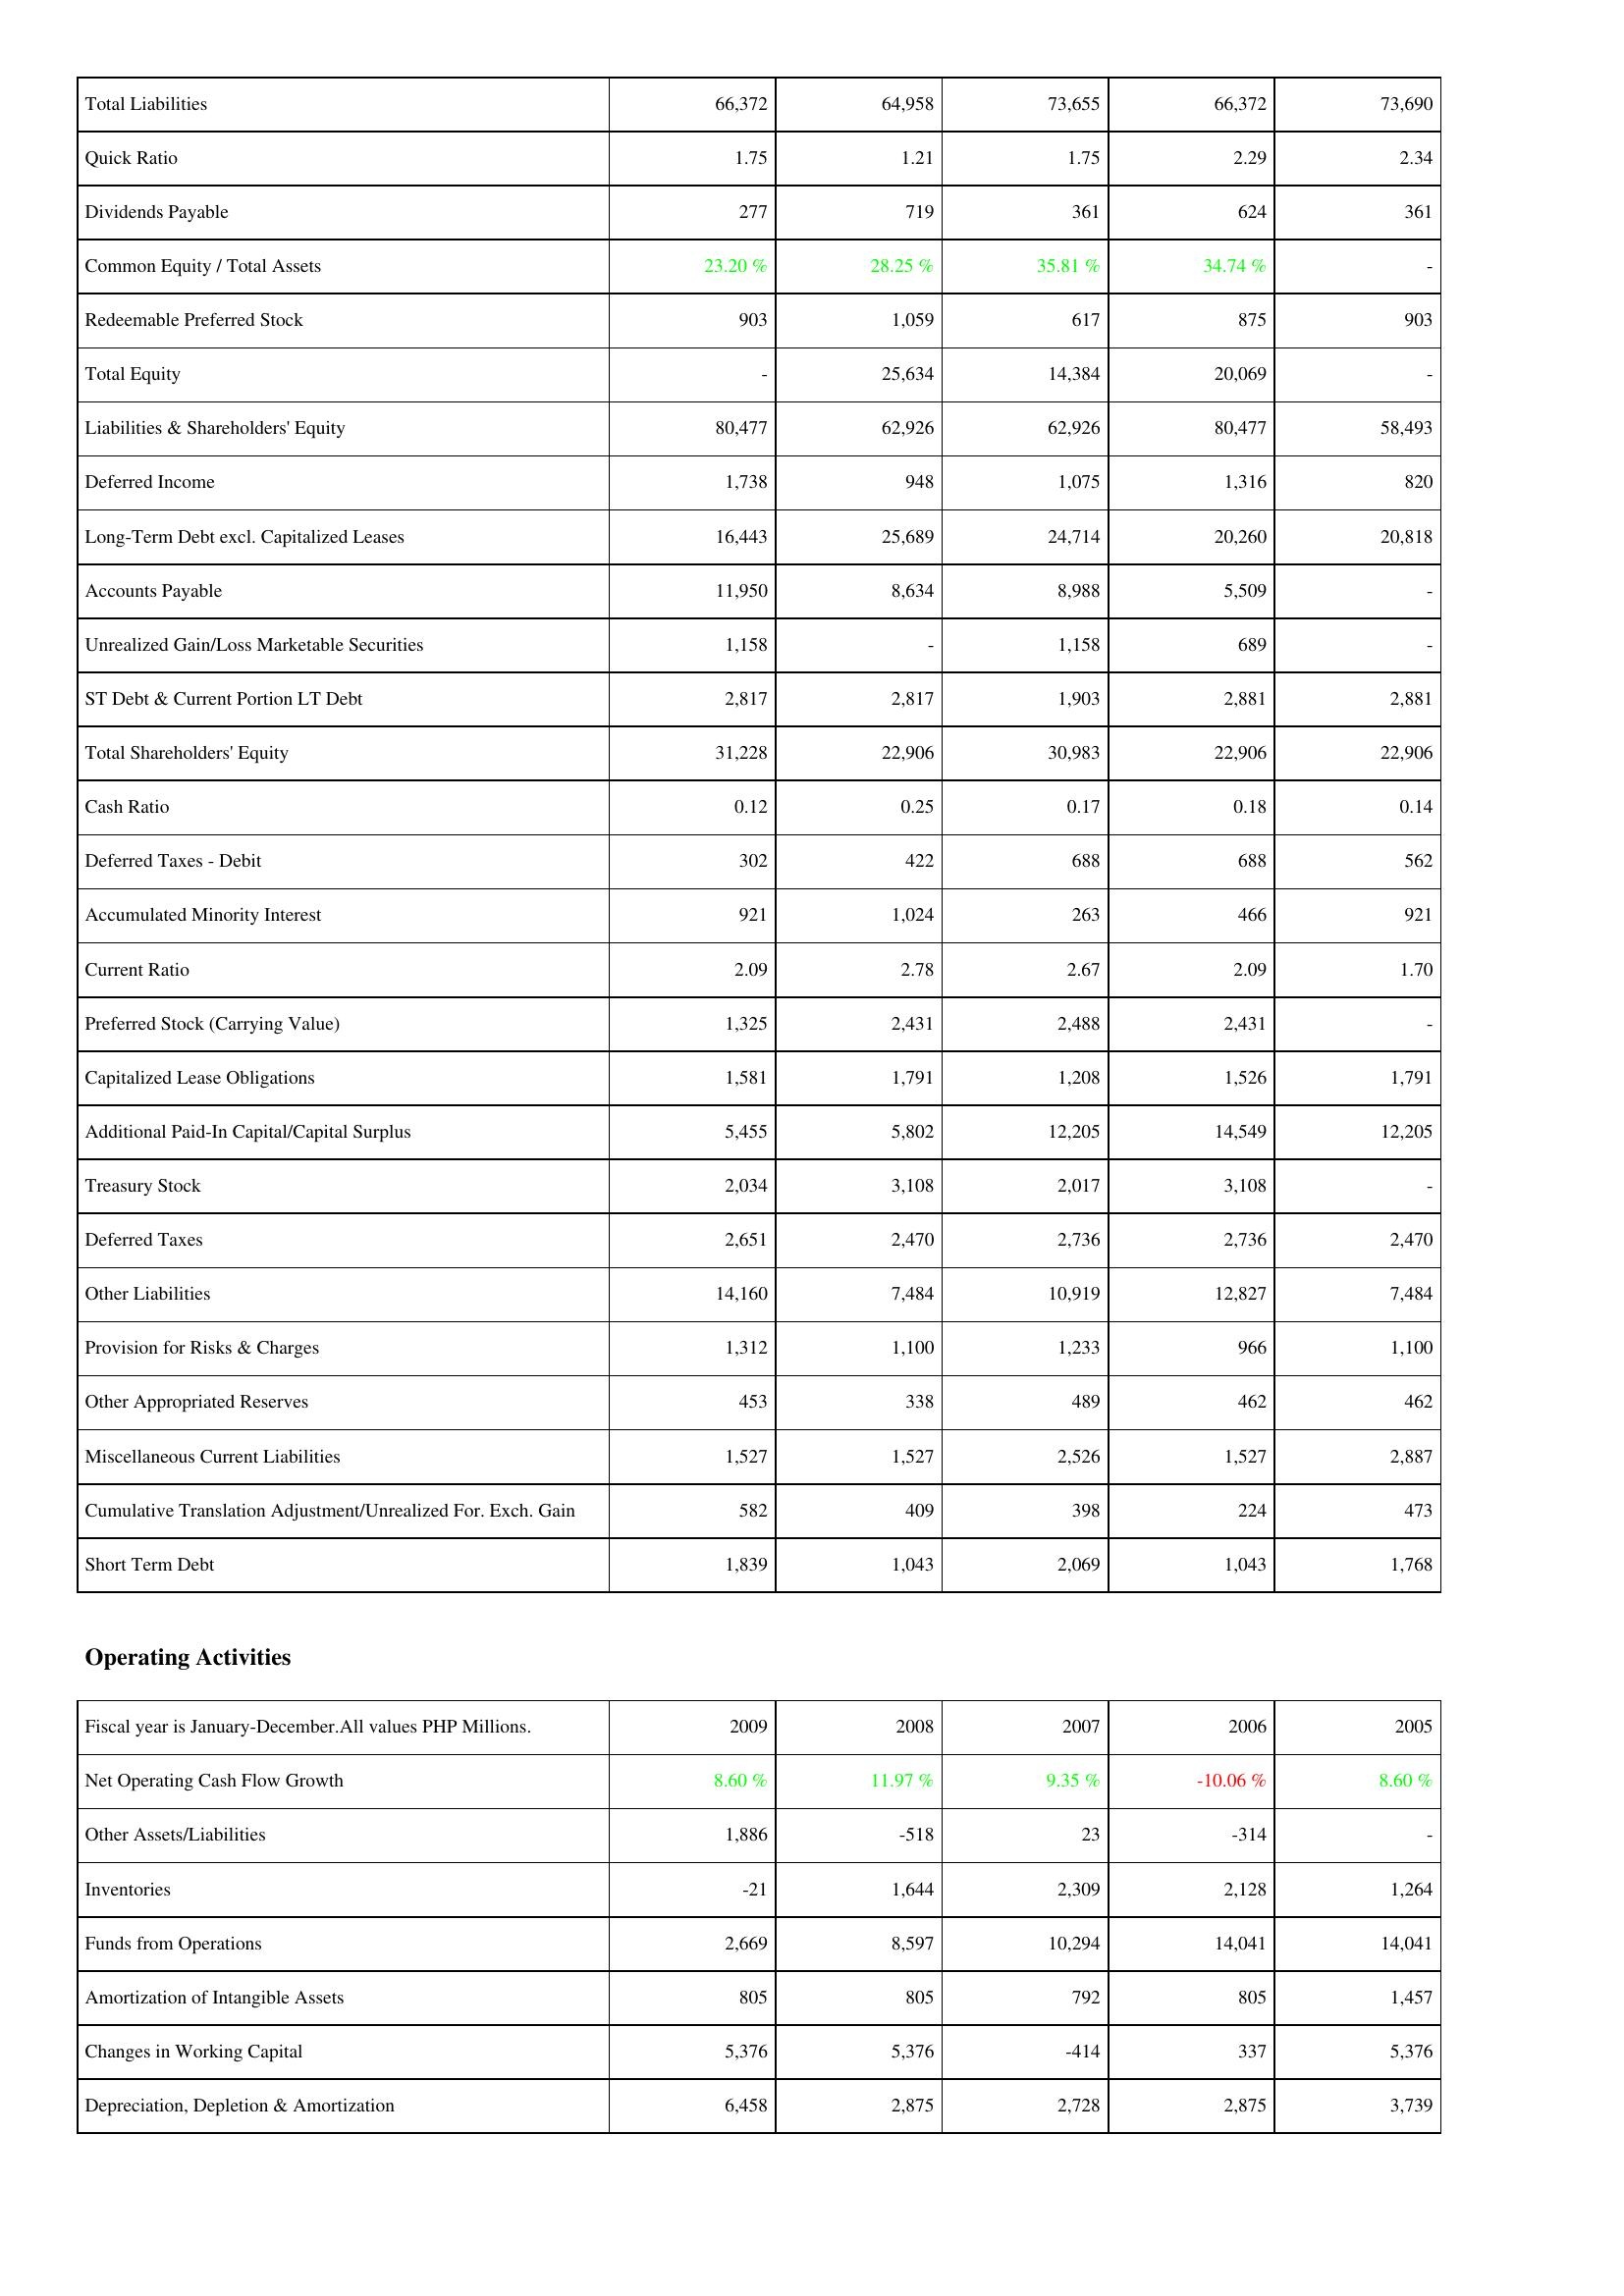
2009: Liabilities & Shareholders' Equity: Total Liabilities: 66,372
Quick Ratio: 1.75
Dividends Payable: 277
Common Equity / Total Assets: 23.20 %
Redeemable Preferred Stock: 903
Total Equity: -
Liabilities & Shareholders' Equity: 80,477
Deferred Income: 1,738
Long-Term Debt excl. Capitalized Leases: 16,443
Accounts Payable: 11,950
Unrealized Gain/Loss Marketable Securities: 1,158
ST Debt & Current Portion LT Debt: 2,817
Total Shareholders' Equity: 31,228
Cash Ratio: 0.12
Deferred Taxes - Debit: 302
Accumulated Minority Interest: 921
Current Ratio: 2.09
Preferred Stock (Carrying Value): 1,325
Capitalized Lease Obligations: 1,581
Additional Paid-In Capital/Capital Surplus: 5,455
Treasury Stock: 2,034
Deferred Taxes: 2,651
Other Liabilities: 14,160
Provision for Risks & Charges: 1,312
Other Appropriated Reserves: 453
Miscellaneous Current Liabilities: 1,527
Cumulative Translation Adjustment/Unrealized For. Exch. Gain: 582
Short Term Debt: 1,839
Operating Activities: Net Operating Cash Flow Growth: 8.60 %
Other Assets/Liabilities: 1,886
Inventories: -21
Funds from Operations: 2,669
Amortization of Intangible Assets: 805
Changes in Working Capital: 5,376
Depreciation, Depletion & Amortization: 6,458
2008: Liabilities & Shareholders' Equity: Total Liabilities: 64,958
Quick Ratio: 1.21
Dividends Payable: 719
Common Equity / Total Assets: 28.25 %
Redeemable Preferred Stock: 1,059
Total Equity: 25,634
Liabilities & Shareholders' Equity: 62,926
Deferred Income: 948
Long-Term Debt excl. Capitalized Leases: 25,689
Accounts Payable: 8,634
Unrealized Gain/Loss Marketable Securities: -
ST Debt & Current Portion LT Debt: 2,817
Total Shareholders' Equity: 22,906
Cash Ratio: 0.25
Deferred Taxes - Debit: 422
Accumulated Minority Interest: 1,024
Current Ratio: 2.78
Preferred Stock (Carrying Value): 2,431
Capitalized Lease Obligations: 1,791
Additional Paid-In Capital/Capital Surplus: 5,802
Treasury Stock: 3,108
Deferred Taxes: 2,470
Other Liabilities: 7,484
Provision for Risks & Charges: 1,100
Other Appropriated Reserves: 338
Miscellaneous Current Liabilities: 1,527
Cumulative Translation Adjustment/Unrealized For. Exch. Gain: 409
Short Term Debt: 1,043
Operating Activities: Net Operating Cash Flow Growth: 11.97 %
Other Assets/Liabilities: -518
Inventories: 1,644
Funds from Operations: 8,597
Amortization of Intangible Assets: 805
Changes in Working Capital: 5,376
Depreciation, Depletion & Amortization: 2,875
2007: Liabilities & Shareholders' Equity: Total Liabilities: 73,655
Quick Ratio: 1.75
Dividends Payable: 361
Common Equity / Total Assets: 35.81 %
Redeemable Preferred Stock: 617
Total Equity: 14,384
Liabilities & Shareholders' Equity: 62,926
Deferred Income: 1,075
Long-Term Debt excl. Capitalized Leases: 24,714
Accounts Payable: 8,988
Unrealized Gain/Loss Marketable Securities: 1,158
ST Debt & Current Portion LT Debt: 1,903
Total Shareholders' Equity: 30,983
Cash Ratio: 0.17
Deferred Taxes - Debit: 688
Accumulated Minority Interest: 263
Current Ratio: 2.67
Preferred Stock (Carrying Value): 2,488
Capitalized Lease Obligations: 1,208
Additional Paid-In Capital/Capital Surplus: 12,205
Treasury Stock: 2,017
Deferred Taxes: 2,736
Other Liabilities: 10,919
Provision for Risks & Charges: 1,233
Other Appropriated Reserves: 489
Miscellaneous Current Liabilities: 2,526
Cumulative Translation Adjustment/Unrealized For. Exch. Gain: 398
Short Term Debt: 2,069
Operating Activities: Net Operating Cash Flow Growth: 9.35 %
Other Assets/Liabilities: 23
Inventories: 2,309
Funds from Operations: 10,294
Amortization of Intangible Assets: 792
Changes in Working Capital: -414
Depreciation, Depletion & Amortization: 2,728
2006: Liabilities & Shareholders' Equity: Total Liabilities: 66,372
Quick Ratio: 2.29
Dividends Payable: 624
Common Equity / Total Assets: 34.74 %
Redeemable Preferred Stock: 875
Total Equity: 20,069
Liabilities & Shareholders' Equity: 80,477
Deferred Income: 1,316
Long-Term Debt excl. Capitalized Leases: 20,260
Accounts Payable: 5,509
Unrealized Gain/Loss Marketable Securities: 689
ST Debt & Current Portion LT Debt: 2,881
Total Shareholders' Equity: 22,906
Cash Ratio: 0.18
Deferred Taxes - Debit: 688
Accumulated Minority Interest: 466
Current Ratio: 2.09
Preferred Stock (Carrying Value): 2,431
Capitalized Lease Obligations: 1,526
Additional Paid-In Capital/Capital Surplus: 14,549
Treasury Stock: 3,108
Deferred Taxes: 2,736
Other Liabilities: 12,827
Provision for Risks & Charges: 966
Other Appropriated Reserves: 462
Miscellaneous Current Liabilities: 1,527
Cumulative Translation Adjustment/Unrealized For. Exch. Gain: 224
Short Term Debt: 1,043
Operating Activities: Net Operating Cash Flow Growth: -10.06 %
Other Assets/Liabilities: -314
Inventories: 2,128
Funds from Operations: 14,041
Amortization of Intangible Assets: 805
Changes in Working Capital: 337
Depreciation, Depletion & Amortization: 2,875
2005: Liabilities & Shareholders' Equity: Total Liabilities: 73,690
Quick Ratio: 2.34
Dividends Payable: 361
Common Equity / Total Assets: -
Redeemable Preferred Stock: 903
Total Equity: -
Liabilities & Shareholders' Equity: 58,493
Deferred Income: 820
Long-Term Debt excl. Capitalized Leases: 20,818
Accounts Payable: -
Unrealized Gain/Loss Marketable Securities: -
ST Debt & Current Portion LT Debt: 2,881
Total Shareholders' Equity: 22,906
Cash Ratio: 0.14
Deferred Taxes - Debit: 562
Accumulated Minority Interest: 921
Current Ratio: 1.70
Preferred Stock (Carrying Value): -
Capitalized Lease Obligations: 1,791
Additional Paid-In Capital/Capital Surplus: 12,205
Treasury Stock: -
Deferred Taxes: 2,470
Other Liabilities: 7,484
Provision for Risks & Charges: 1,100
Other Appropriated Reserves: 462
Miscellaneous Current Liabilities: 2,887
Cumulative Translation Adjustment/Unrealized For. Exch. Gain: 473
Short Term Debt: 1,768
Operating Activities: Net Operating Cash Flow Growth: 8.60 %
Other Assets/Liabilities: -
Inventories: 1,264
Funds from Operations: 14,041
Amortization of Intangible Assets: 1,457
Changes in Working Capital: 5,376
Depreciation, Depletion & Amortization: 3,739